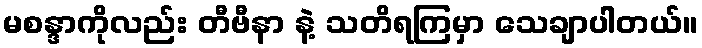
မစန္ဒာကိုလည်း တီဗီနာ နဲ့ သတိရကြမှာ သေချာပါတယ်။